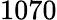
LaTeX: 1070